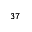
^ { 3 7 }